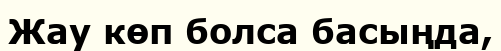
Жау көп болса басыңда,